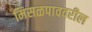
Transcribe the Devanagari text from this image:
मिसळपाववरील